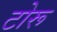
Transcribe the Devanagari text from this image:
टोरू